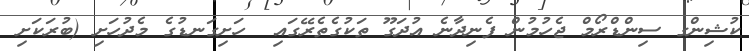
ކުޝިންގ ސިންޑްރޯމް ޖެހުމުން ފެނިދާނެ އުދަގޫ ތަކުގެތެރޭގައި  ހަށިގަނޑުގެ މެދުހަށި (ބުރަކަށި